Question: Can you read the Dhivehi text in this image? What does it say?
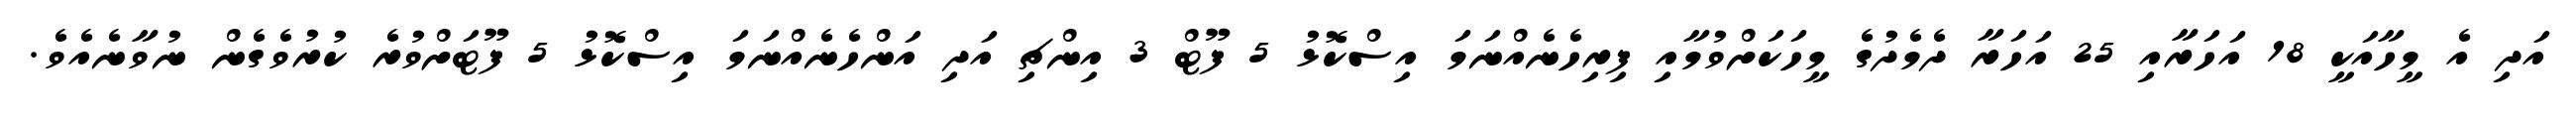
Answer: އަދި އެ މީހާއަކީ 18 އަހަރާއި 25 އަހަރާ ދެމެދުގެ މީހަކަށްވުމާއި ފިރިހެނެއްނަމަ އިސްކޮޅު 5 ފޫޓް 3 އިންޗި އަދި އަންހެނެއްނަމަ އިސްކޮޅު 5 ފޫޓަށްވުރެ ކުރުވެގެން ނުވާނެއެވެ.